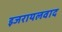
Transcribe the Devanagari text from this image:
इजरायलवाद